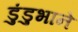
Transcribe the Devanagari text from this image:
डुंडुभाने